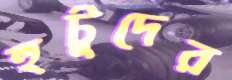
হুটুদের